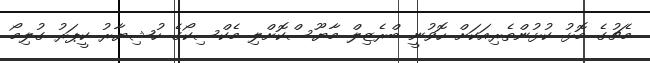
މެޗުގެ މޮޅު ކުޅުންތެރިއަކަށް ހޮވުނީ ބްރެޒިލް މާޔޫސްކޮށްލި މެކްސިކޯގެ ހުޝިޔާރު ކީޕަރު ގުލިމޯ